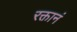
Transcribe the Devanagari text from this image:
रक्तानं